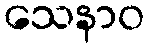
သေနာဝ